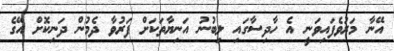
އޭނާ މަރުވެފައިވަނީ އެ ހާދިސާގައި ލިބުނު އަނިޔާތަކަށް ފަރުވާ ދެމުން ދަނިކޮށް އޭގެ